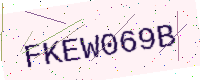
Text: FKEW069B